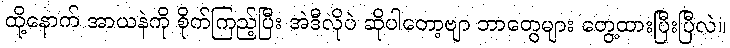
ထို့နောက် အာယနဲကို စိုက်ကြည့်ပြီး အဲဒီလိုပဲ ဆိုပါတော့ဗျာ ဘာတွေများ တွေ့ထားပြီးပြီလဲ။